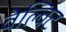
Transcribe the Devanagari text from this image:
वेल्विट